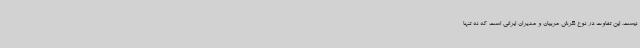
نیست. این تفاوت در نوع نگرش مربیان و مدیران ایرانی است که نه تنها